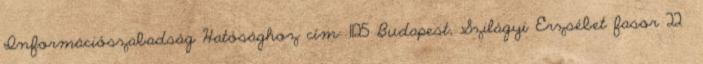
Információszabadság Hatósághoz cím: 1125 Budapest, Szilágyi Erzsébet fasor 22